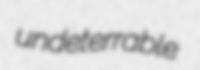
undeterrable